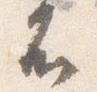
不